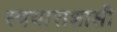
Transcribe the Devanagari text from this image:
स्वयात्तशासी